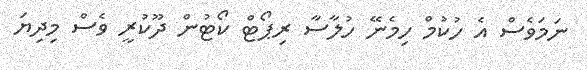
ނަމަވެސް އެ ހުކުމް ހިމެނޭ ހުލާސާ ރިޕޯޓް ކޯޓުން ދޫކުރީ ވެސް މިދިޔަ